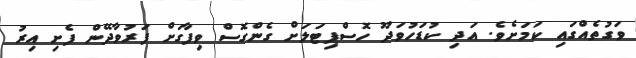
ވަގުތެއްގައި ކަމަށެވެ. އަދި ކުޑަހުވަދޫ ހޮސްޕިޓަލަށް ގެންގޮސް ވިފާގަށް ފަރުވާދޭން ފެށި އިރު